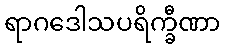
ရာဂဒေါသပရိက္ခီဏာ